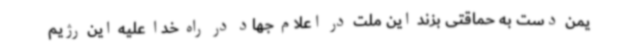
یمن دست به حماقتی بزند این ملت در اعلام جهاد در راه خدا علیه این رژیم